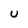
Character: U